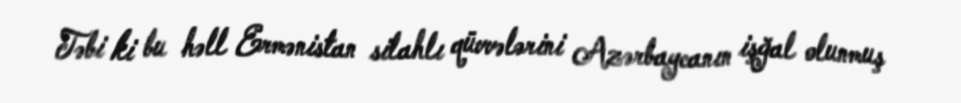
Təbi ki bu həll Ermənistan silahlı qüvvələrini Azərbaycanın işğal olunmuş